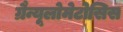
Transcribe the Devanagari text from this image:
ग्रैन्यूलोमेटोसिस